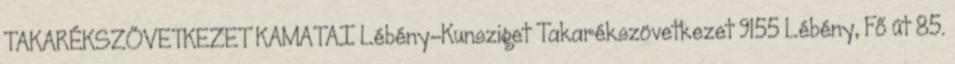
TAKARÉKSZÖVETKEZET KAMATAI Lébény-Kunsziget Takarékszövetkezet 9155 Lébény, Fő út 85.